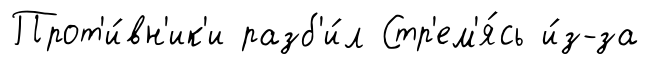
Прот'и́вн'ик'и разб'и́л Стр'ем'я́сь и́з-за